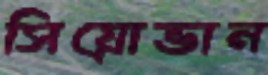
সিয়োভান